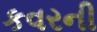
કવરની